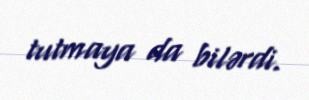
tutmaya da bilərdi.